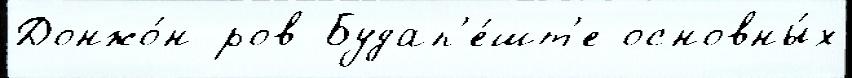
Донжо́н ров Будап'е́шт'е основны́х